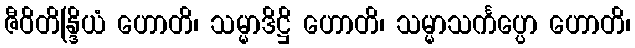
ဇီဝိတိန္ဒြိယံ ဟောတိ၊ သမ္မာဒိဋ္ဌိ ဟောတိ၊ သမ္မာသင်္ကပ္ပော ဟောတိ၊